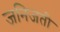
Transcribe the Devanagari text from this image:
जनिजती